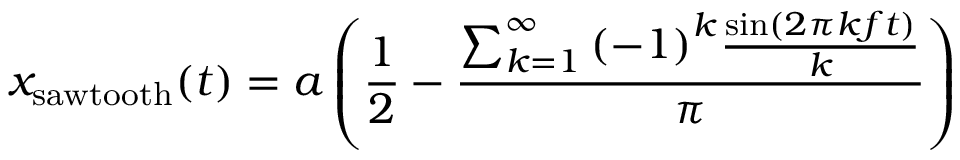
x _ { \mathrm { s a w t o o t h } } ( t ) = a \left( { \frac { 1 } { 2 } } - { \frac { \sum _ { k = 1 } ^ { \infty } { ( - 1 ) } ^ { k } { \frac { \sin ( 2 \pi k f t ) } { k } } } { \pi } } \right)